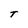
Character: t